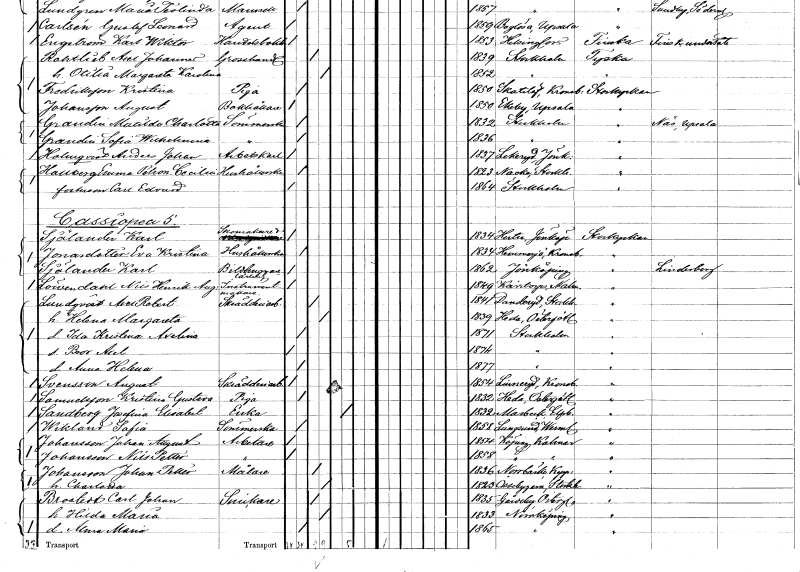
gt_parse: households: individuals: FN: Anders Johan
EN: Holmqvist
YRKE: Arbetskarl
KON: M
CIV: O
FODAR: 1837
FODFORS: Lekeryd Jönköpings län
FN: Emma Petronella Cecilia
EN: Hallberg
YRKE: Hushållerska
KON: K
CIV: O
FODAR: 1823
FODFORS: Nacka Stockholms län
FN: Carl Edvard
KON: M
CIV: O
FODAR: 1864
FODFORS: Stockholm
FN: Karl
EN: Sjölander
YRKE: Skomakare
KON: M
CIV: O
FODAR: 1834
FODFORS: Hestra Jönköpings län
FN: Eva Kristina
EN: Jonasdotter
YRKE: Hushållerska
KON: K
CIV: O
FODAR: 1834
FODFORS: Hemmesjö Kronobergs län
FN: Karl
EN: Sjölander
YRKE: Bildhuggarelärling
KON: M
CIV: O
FODAR: 1862
FODFORS: Jönköping Jönköpings län
FN: Nils Henrik August
EN: Löwen
YRKE: Instrumentmakare
KON: M
CIV: O
FODAR: 1849
FODFORS: Kärrstorp Malmöhus län
FN: Axel Robert
EN: Lundqvist
YRKE: Skrädderiarbetare
KON: M
CIV: G
FODAR: 1841
FODFORS: Danderyd Stockholms län
FN: Helena Margareta
KON: K
CIV: G
FODAR: 1839
FODFORS: Heda Östergötlands län
FN: Ida Kristina Axelina
KON: K
CIV: O
FODAR: 1871
FODFORS: Stockholm
FN: Bror Axel
KON: M
CIV: O
FODAR: 1874
FODFORS: Stockholm
FN: Anna Helena
KON: K
CIV: O
FODAR: 1877
FODFORS: Stockholm
FN: August
EN: Svensson
YRKE: Skrädderiarbetare
KON: M
CIV: O
FODAR: 1854
FODFORS: Linneryd Kronobergs län
FN: Kristina Gustava
EN: Samuelsson
YRKE: Piga
KON: K
CIV: O
FODAR: 1832
FODFORS: Heda Östergötlands län
FN: Josefina Elisabet
EN: Sandberg
YRKE: Änka
KON: K
CIV: E
FODAR: 1832
FODFORS: Marbäck Jönköpings län
FN: Sofia
EN: Wikland
YRKE: Sömmerska
KON: K
CIV: O
FODAR: 1858
FODFORS: Lungsund Värmlands län
FN: Johan August
EN: Johansson
YRKE: Arbetare
KON: M
CIV: O
FODAR: 1854
FODFORS: Köping Kalmar län
FN: Nils Petter
EN: Johansson
YRKE: Arbetare
KON: M
CIV: O
FODAR: 1858
FODFORS: Köping Kalmar län
FN: Johan Petter
EN: Johansson
YRKE: Målare
KON: M
CIV: G
FODAR: 1836
FODFORS: Norrbärke Kopparbergs län
FN: Charlotta
KON: K
CIV: G
FODAR: 1823
FODFORS: Össeby-Garn Stockholms län
FN: Carl Johan
EN: Brostedt
YRKE: Snickare
KON: M
CIV: G
FODAR: 1835
FODFORS: Gårdeby Östergötlands län
FN: Hilda Maria
KON: K
CIV: G
FODAR: 1833
FODFORS: Norrköping Östergötlands län
FN: Alma Maria
KON: K
CIV: O
FODAR: 1865
FODFORS: Norrköping Östergötlands län